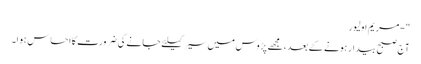
" - مریم اولیور
آج صبح بیدار ہونے کے بعد ، مجھے پڑوس میں سیر کیلئے جانے کی ضرورت کا احساس ہوا۔